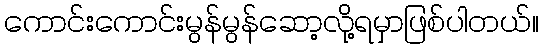
ကောင်းကောင်းမွန်မွန်ဆော့လို့ရမှာဖြစ်ပါတယ်။